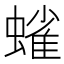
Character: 𫋗